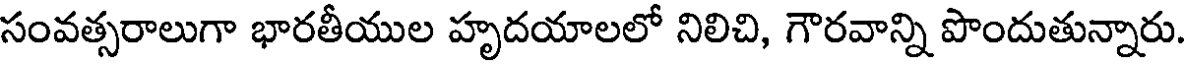
సంవత్సరాలుగా భారతీయుల హృదయాలలో నిలిచి, గౌరవాన్ని పొందుతున్నారు.